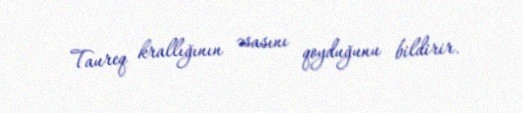
Taureq krallığının əsasını qoyduğunu bildirir.